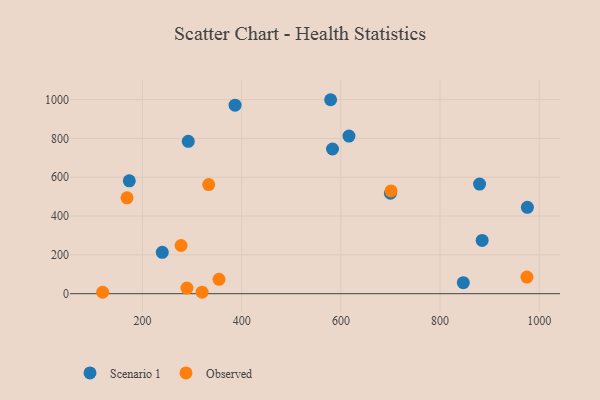
{"axis": {"x": "Investment", "y": "Fuel Efficiency"}, "legend": ["Observed", "Scenario 1"], "data": [{"x": "976.1", "y": 444.7, "type": "Scenario 1"}, {"x": "699.9", "y": 517.4, "type": "Scenario 1"}, {"x": "173.3", "y": 581.3, "type": "Scenario 1"}, {"x": "292.2", "y": 784.7, "type": "Scenario 1"}, {"x": "583.1", "y": 745.3, "type": "Scenario 1"}, {"x": "239.8", "y": 213.2, "type": "Scenario 1"}, {"x": "884.9", "y": 274.6, "type": "Scenario 1"}, {"x": "846.9", "y": 56.9, "type": "Scenario 1"}, {"x": "386.6", "y": 970.9, "type": "Scenario 1"}, {"x": "579.3", "y": 999.2, "type": "Scenario 1"}, {"x": "879.7", "y": 564.5, "type": "Scenario 1"}, {"x": "616.3", "y": 811.7, "type": "Scenario 1"}, {"x": "701.1", "y": 529.3, "type": "Observed"}, {"x": "168.7", "y": 493.9, "type": "Observed"}, {"x": "320.1", "y": 7.8, "type": "Observed"}, {"x": "975.2", "y": 85.6, "type": "Observed"}, {"x": "333.4", "y": 561.9, "type": "Observed"}, {"x": "354.2", "y": 74.2, "type": "Observed"}, {"x": "277.7", "y": 248.2, "type": "Observed"}, {"x": "289.5", "y": 29.1, "type": "Observed"}, {"x": "119.5", "y": 7.3, "type": "Observed"}]}